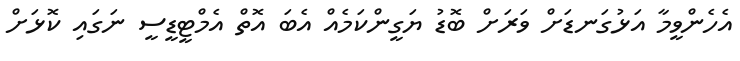
އެހެންވީމާ އަޅުގަނޑަށް ވަރަށް ބޮޑު ޔަގީންކަމެއް އެބަ އޮތް އެމްޓީޑީސީ ނަގައި ކޮޅަށް